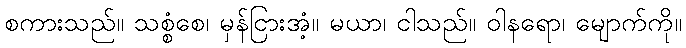
စကားသည်။ သစ္စံစေ၊ မှန်ငြားအံ့။ မယာ၊ ငါသည်။ ဝါနရော၊ မျောက်ကို။